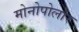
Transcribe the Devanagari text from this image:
मोनोपोलार